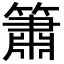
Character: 簫